Report of the Indian Hemp Drugs Commission, 1894-1895 - Volume V
Year: 1894
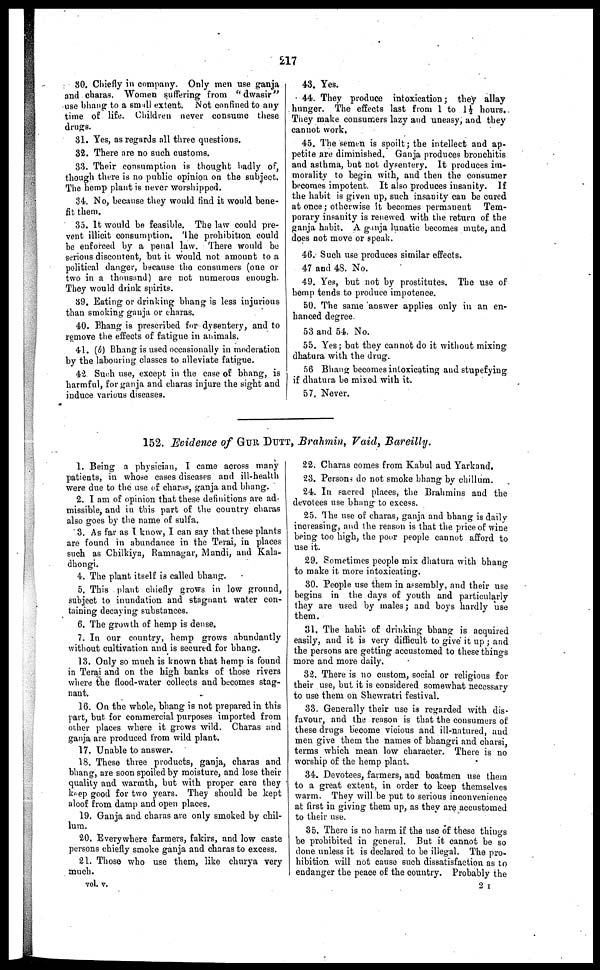
217
30. Chiefly in company. Only men use ganja
and charas. Women suffering from "dwasir"
use bhang to a small extent. Not confined to any
time of life. Children never consume these
drugs.
31. Yes, as regards all three questions.
32. There are no such customs.
33. Their consumption is thought badly of,
though there is no public opinion on the subject.
The hemp plant is never worshipped.
34. No, because they would find it would bene-
fit them.
35. It would be feasible. The law could pre-
vent illicit consumption. The prohibition could
be enforced by a penal law. There would be
serious discontent, but it would not amount to a
political danger, because the consumers (one or
two in a thousand) are not numerous enough.
They would drink spirits.
39. Eating or drinking bhang is less injurious
than smoking ganja or charas.
40. Bhang is prescribed for dysentery, and to
remove the effects of fatigue in animals.
41. (b) Bhang is used occasionally in moderation
by the labouring classes to alleviate fatigue.
42 Such use, except in the case of bhang, is
harmful, for ganja and charas injure the sight and
induce various diseases.
43. Yes.
44. They produce intoxication ; they allay
hunger. The effects last from 1 to 1½ hours.
They make consumers lazy and uneasy, and they
cannot work.
45. The semen is spoilt ; the intellect and ap-
petite are diminished. Ganja produces bronchitis
and asthma, but not dysentery. It produces im-
morality to begin with, and then the consumer
becomes impotent. It also produces insanity. If
the habit is given up, such insanity can be cured
at once ; otherwise it becomes permanent Tem-
porary insanity is renewed with the return of the
ganja habit. A ganja lunatic becomes mute, and
does not move or speak.
46. Such use produces similar effects.
47 and 48. No.
49. Yes, but not by prostitutes. The use of
hemp tends to produce impotence.
50. The same answer applies only in an en-
hanced degree.
53 and 54. No.
55. Yes ; but they cannot do it without mixing
dhatura with the drug.
56 Bhang becomes intoxicating and stupefying
if dhatura be mixed with it.
57. Never.
152. Evidence of GUR DUTT, Brahmin, Vaid, Bareilly.
1. Being a physician, I came across many
patients, in whose cases diseases and ill-health
were due to the use of charas, ganja and bhang.
2. I am of opinion that these definitions are ad-
missible, and in this part of the country charas
also goes by the name of sulfa.
3. As far as I know, I can say that these plants
are found in abundance in the Terai, in places
such as Chilkiya, Ramnagar, Mandi, and Kala-
dhongi.
4. The plant itself is called bhang.
5. This plant chiefly grows in low ground,
subject to inundation and stagnant water con-
taining decaying substances.
6. The growth of hemp is dense.
7. In our country, hemp grows abundantly
without cultivation and is secured for bhang.
13. Only so much is known that hemp is found
in Terai and on the high banks of those rivers
where the flood-water collects and becomes stag-
nant.
16. On the whole, bhang is not prepared in this
part, but. for commercial purposes imported from
other places where it grows wild. Charas and
ganja are produced from wild plant.
17. Unable to answer.
18. These three products, ganja, charas and
bhang, are soon spoiled by moisture, and lose their
quality and warmth, but with proper care they
keep good for two years. They should be kept
aloof from damp and open places.
19. Ganja and charas are only smoked by chil-
lum.
20. Everywhere farmers, fakirs, and low caste
persons chiefly smoke ganja and charas to excess.
21. Those who use them, like churya very
much.
22. Charas comes from Kabul and Yarkand.
23. Persons do not smoke bhang by chillum.
24. In sacred places, the Brahmins and the
devotees use bhang to excess.
25. The use of charas, ganja and bhang is daily
increasing, and the reason is that the price of wine
being too high, the poor people cannot afford to
use it.
29. Sometimes people mix dhatura with bhang
to make it more intoxicating.
30. People use them in assembly, and their use
begins in the days of youth and particularly
they are used by males; and boys hardly use
them.
31. The habit of drinking bhang is acquired
easily, and it is very difficult to give it up ; and
the persons are getting accustomed to these things
more and more daily.
32. There is no custom, social or religious for
their use, but it is considered somewhat necessary
to use them on Shewratri festival.
33. Generally their use is regarded with dis-
favour, and the reason is that the consumers of
these drugs become vicious and ill-natured, and
men give them the names of bhangri and charsi,
terms which mean low character. There is no
worship of the hemp plant.
34. Devotees, farmers, and boatmen use them
to a great extent, in order to keep themselves
warm. They will be put to serious inconvenience
at first in giving them up, as they are accustomed
to their use.
35. There is no harm if the use of these things
be prohibited in general. But it cannot be so
done unless it is declared to be illegal. The pro-
hibition will not cause such dissatisfaction as to
endanger the peace of the country. Probably the
vol. v.
2 I